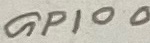
Text: GPIO0